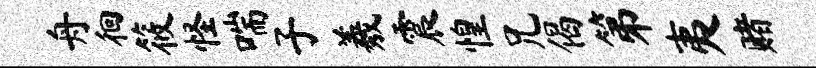
舟徊筱怪喘子羲震惶兄偈第夷赌